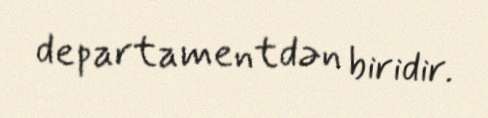
departamentdən biridir.